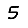
Digit: 5